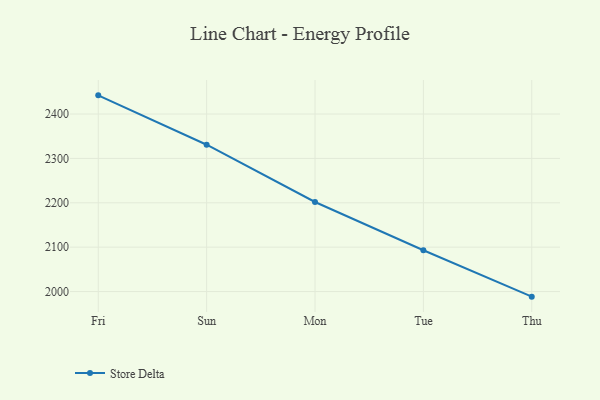
{"axis": {"x": "Day", "y": "Production Output"}, "legend": ["Store Delta"], "data": [{"x": "Fri", "y": 2442.1, "type": "Store Delta"}, {"x": "Sun", "y": 2330.8, "type": "Store Delta"}, {"x": "Mon", "y": 2201.8, "type": "Store Delta"}, {"x": "Tue", "y": 2093.0, "type": "Store Delta"}, {"x": "Thu", "y": 1988.5, "type": "Store Delta"}]}